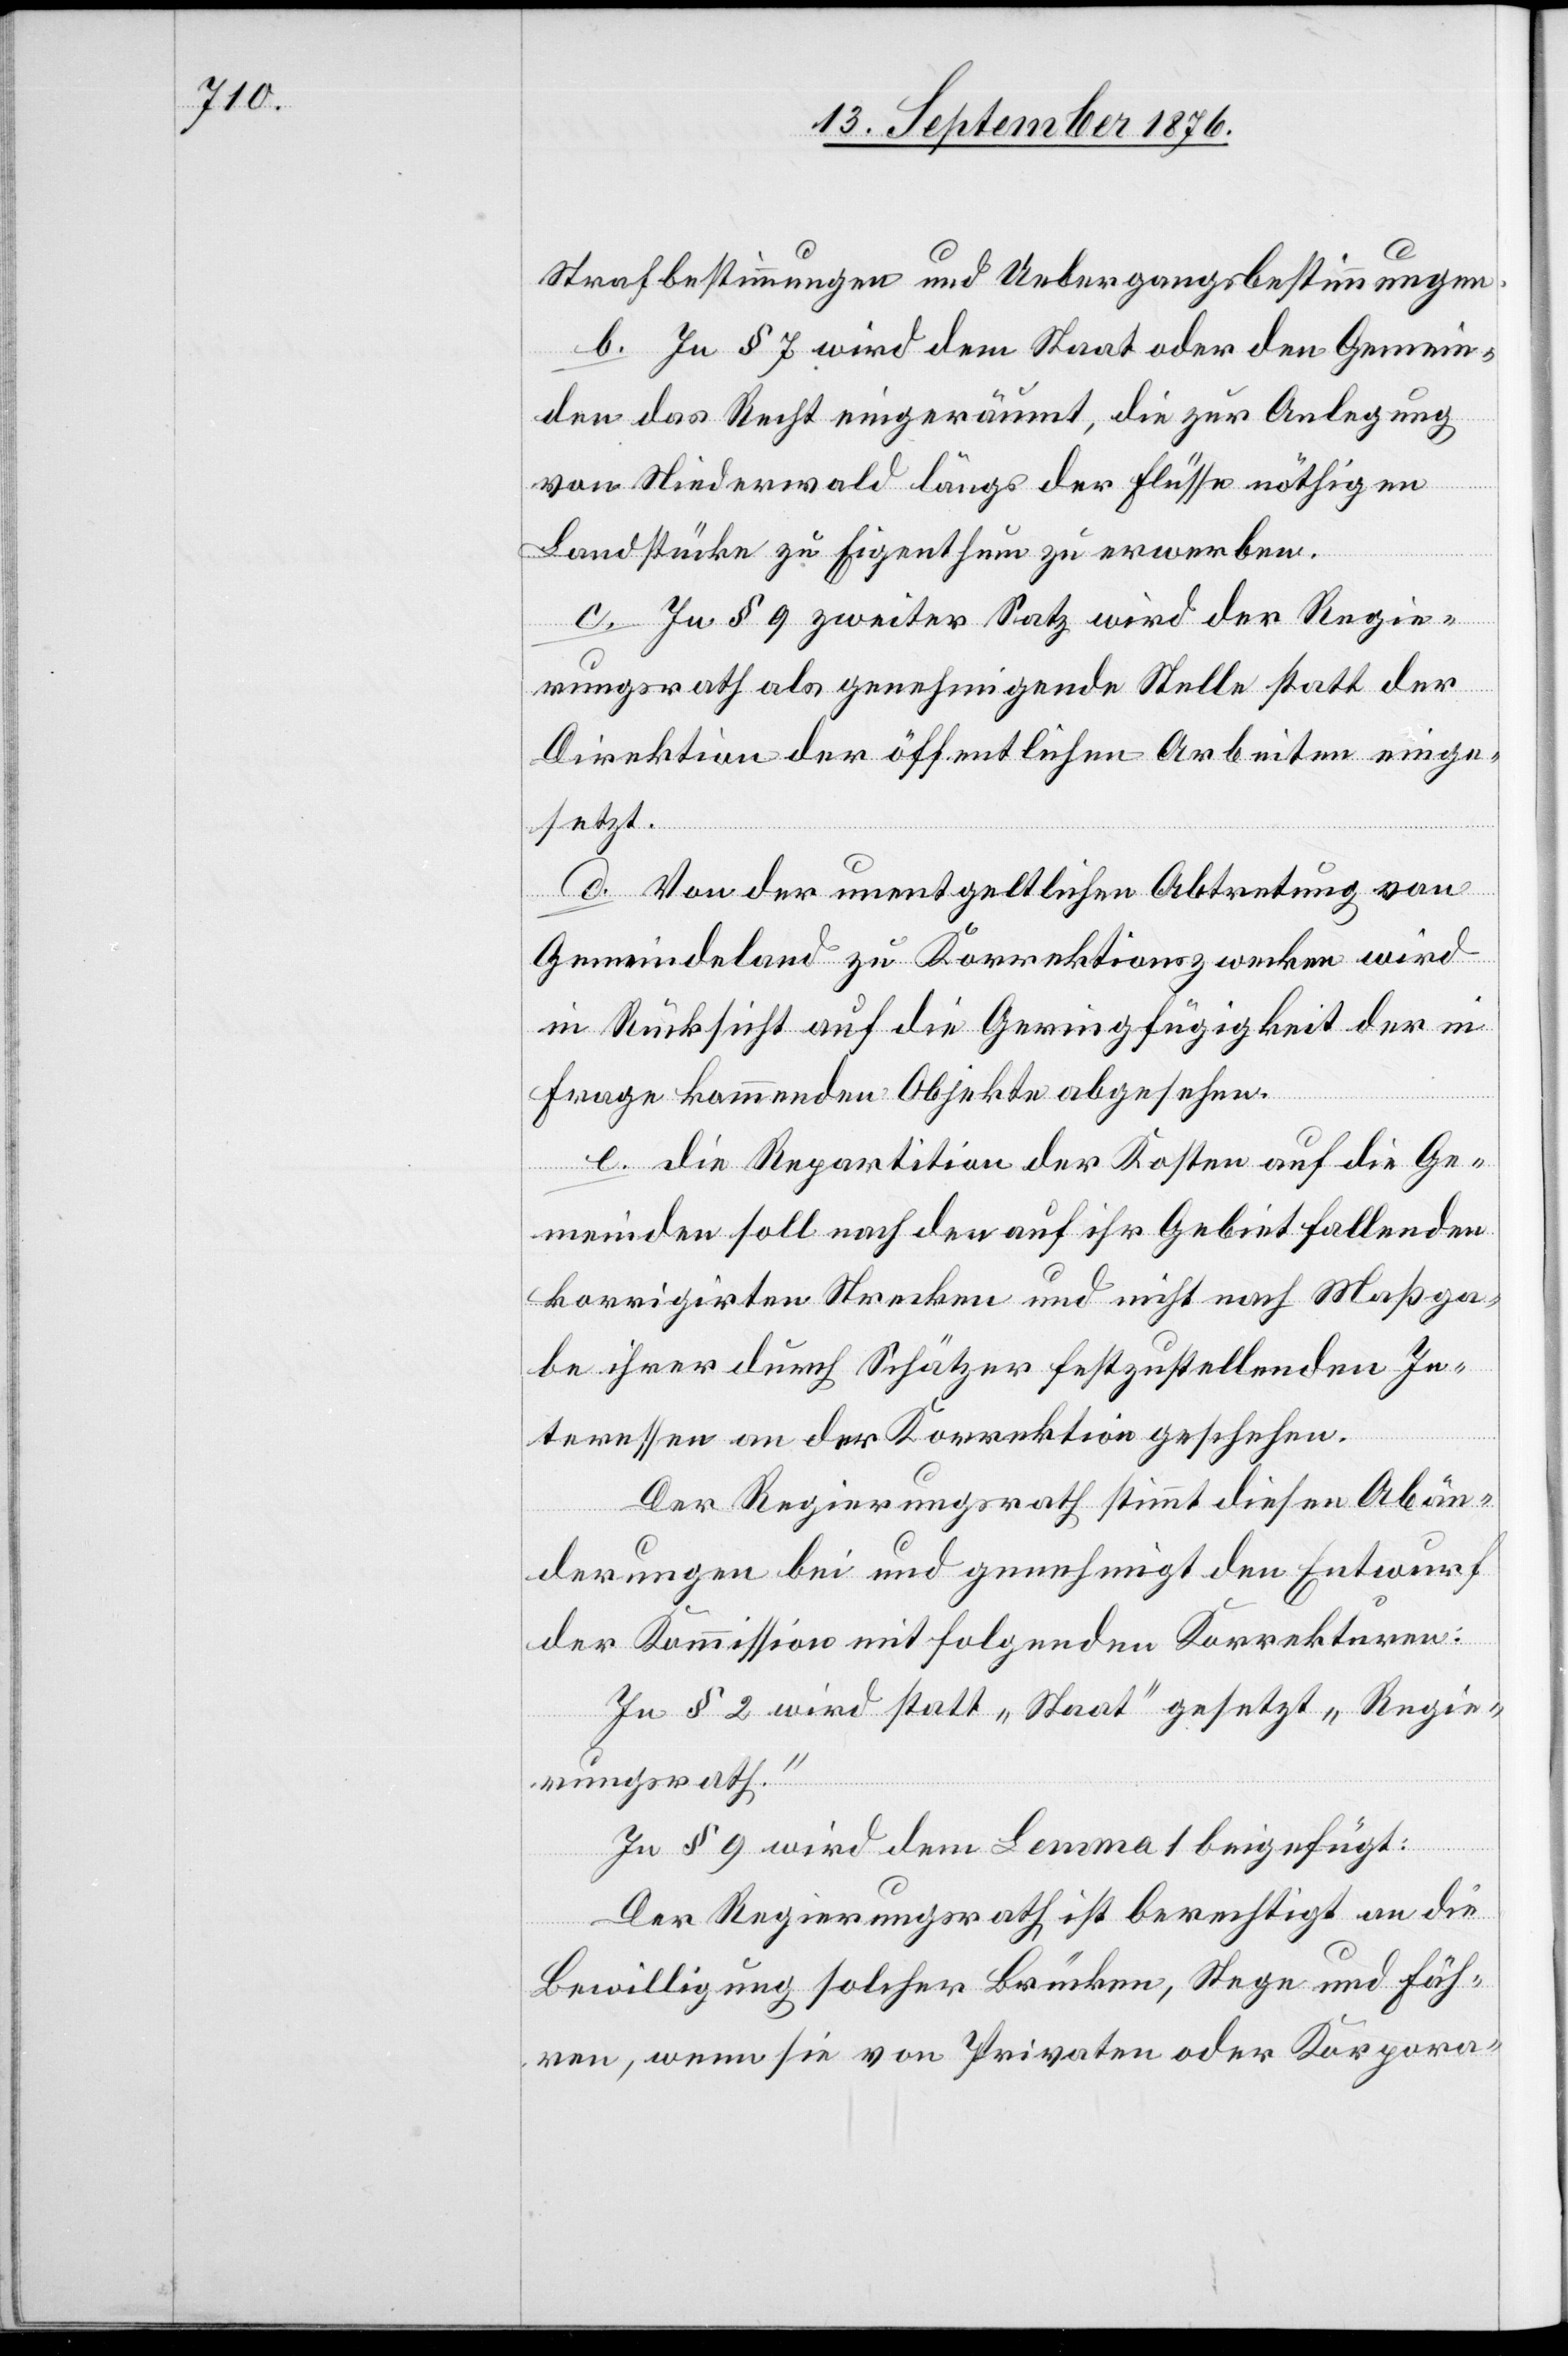
Strafbestimmungen und Uebergangsbestimmungen.
b. In § 7 wird dem Staat oder den Gemein¬
den das Recht eingeräumt, die zur Anlegung
von Niederwald längs der Flüsse nöthigen
Landstücke zu Eigenthum zu erwerben.
c. In § 9 zweiter Satz wird der Regie¬
rungsrath als genehmigende Stelle statt der
Direktion der öffentlichen Arbeiten einge¬
setzt.
d. Von der unentgeldlichen Abtretung von
Gemeindeland zu Korrektionszwecken wird
in Rücksicht auf die Geringfügigkeit der in¬
frage kommenden Objekte abgesehen.
e. die Repartition der Kosten auf die Ge¬
meinden soll nach den auf ihr Gebiet fallenden
korrigirten Strecken und nicht nach Maßga¬
be ihrer durch Schätzer festzustellenden In¬
teressen an der Korrektion geschehen.
Der Regierungsrath stimmt diesen Abän¬
derungen bei und genehmigt den Entwurf
der Kommission mit folgenden Korrekturen:
In § 2 wird statt „Staat“ gesetzt „Regie¬
rungsrath.“
in § 9 wird dem Lemma 1 beigefügt:
Der Regierungsrath ist berechtigt an die
Bewilligung solcher Brücken, Stege und Fäh¬
ren, wenn sie von Privaten oder Kopora-